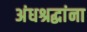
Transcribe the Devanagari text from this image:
अंधश्रद्धांना